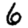
Digit: 6